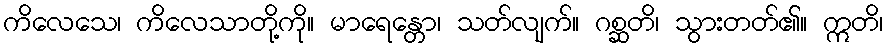
ကိလေသေ၊ ကိလေသာတို့ကို။ မာရေန္တော၊ သတ်လျက်။ ဂစ္ဆတိ၊ သွားတတ်၏။ ဣတိ၊